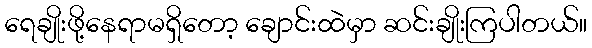
ရေချိုးဖို့နေရာမရှိတော့ ချောင်းထဲမှာ ဆင်းချိုးကြပါတယ်။